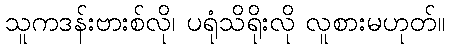
သူကဒန်းဗားစ်လို၊ ပရုံသိရိုးလို လူစားမဟုတ်။